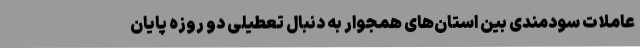
عاملات سودمندی بین استان‌های همجوار به دنبال تعطیلی دو روزه پایان